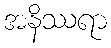
အနိဿရာ